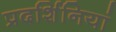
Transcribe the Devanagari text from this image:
प्रदर्शिनियां